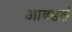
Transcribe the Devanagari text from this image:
आवडतं